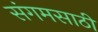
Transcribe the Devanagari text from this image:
संगमसाठी